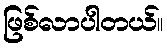
ဖြစ်လာပါတယ်။